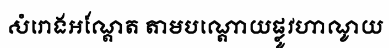
សំរោងអណ្តែត តាមបណ្តោយផ្លូវហាណូយ